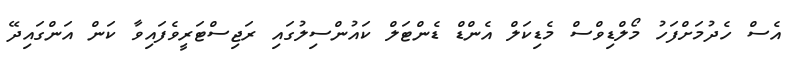
އެސް ހެދުމަށްފަހު މޯލްޑިވްސް މެޑިކަލް އެންޑް ޑެންޓަލް ކައުންސިލުގައި ރަޖިސްޓަރީވެފައިވާ ކަން އަންގައިދޭ